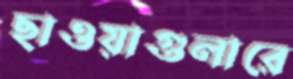
ছাওয়াগুলারে